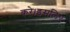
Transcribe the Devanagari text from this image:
करे।इसलिए